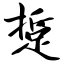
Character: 踅